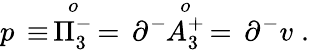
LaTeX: p\, \equiv\, \stackrel{o}{\Pi_{3}^{-}}\, =\, \partial^{-}\! \! \stackrel{o}{A_{3}^{+}}\, =\, \partial^{-}v\; .